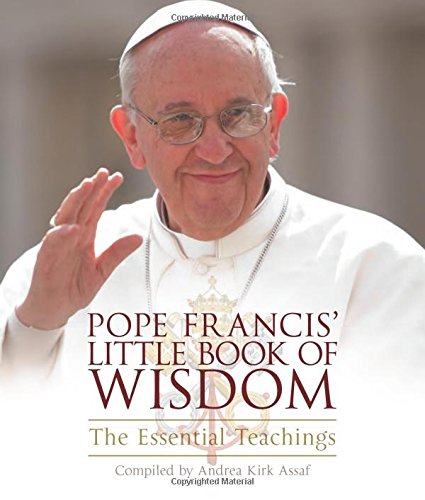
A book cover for Pope Francis' Little Book of Wisdom: The Essential Teachings; Christian Books & Bibles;